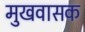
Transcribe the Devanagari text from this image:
मुखवासक